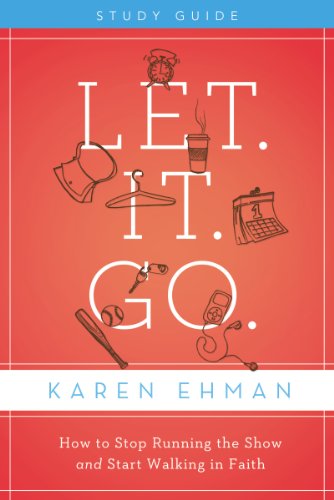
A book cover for Let. It. Go. Study Guide: How to Stop Running the Show and Start Walking in Faith; Karen Ehman; Christian Books & Bibles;